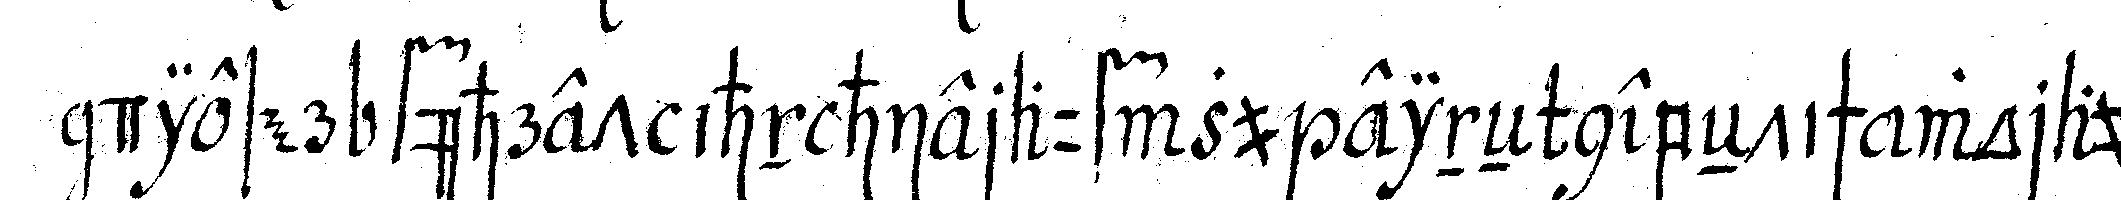
dieser führet ihn hierauf zu eineN nebeNtisch worauf